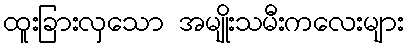
ထူးခြားလှသော အမျိုးသမီးကလေးများ